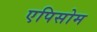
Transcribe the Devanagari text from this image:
एपिसोम